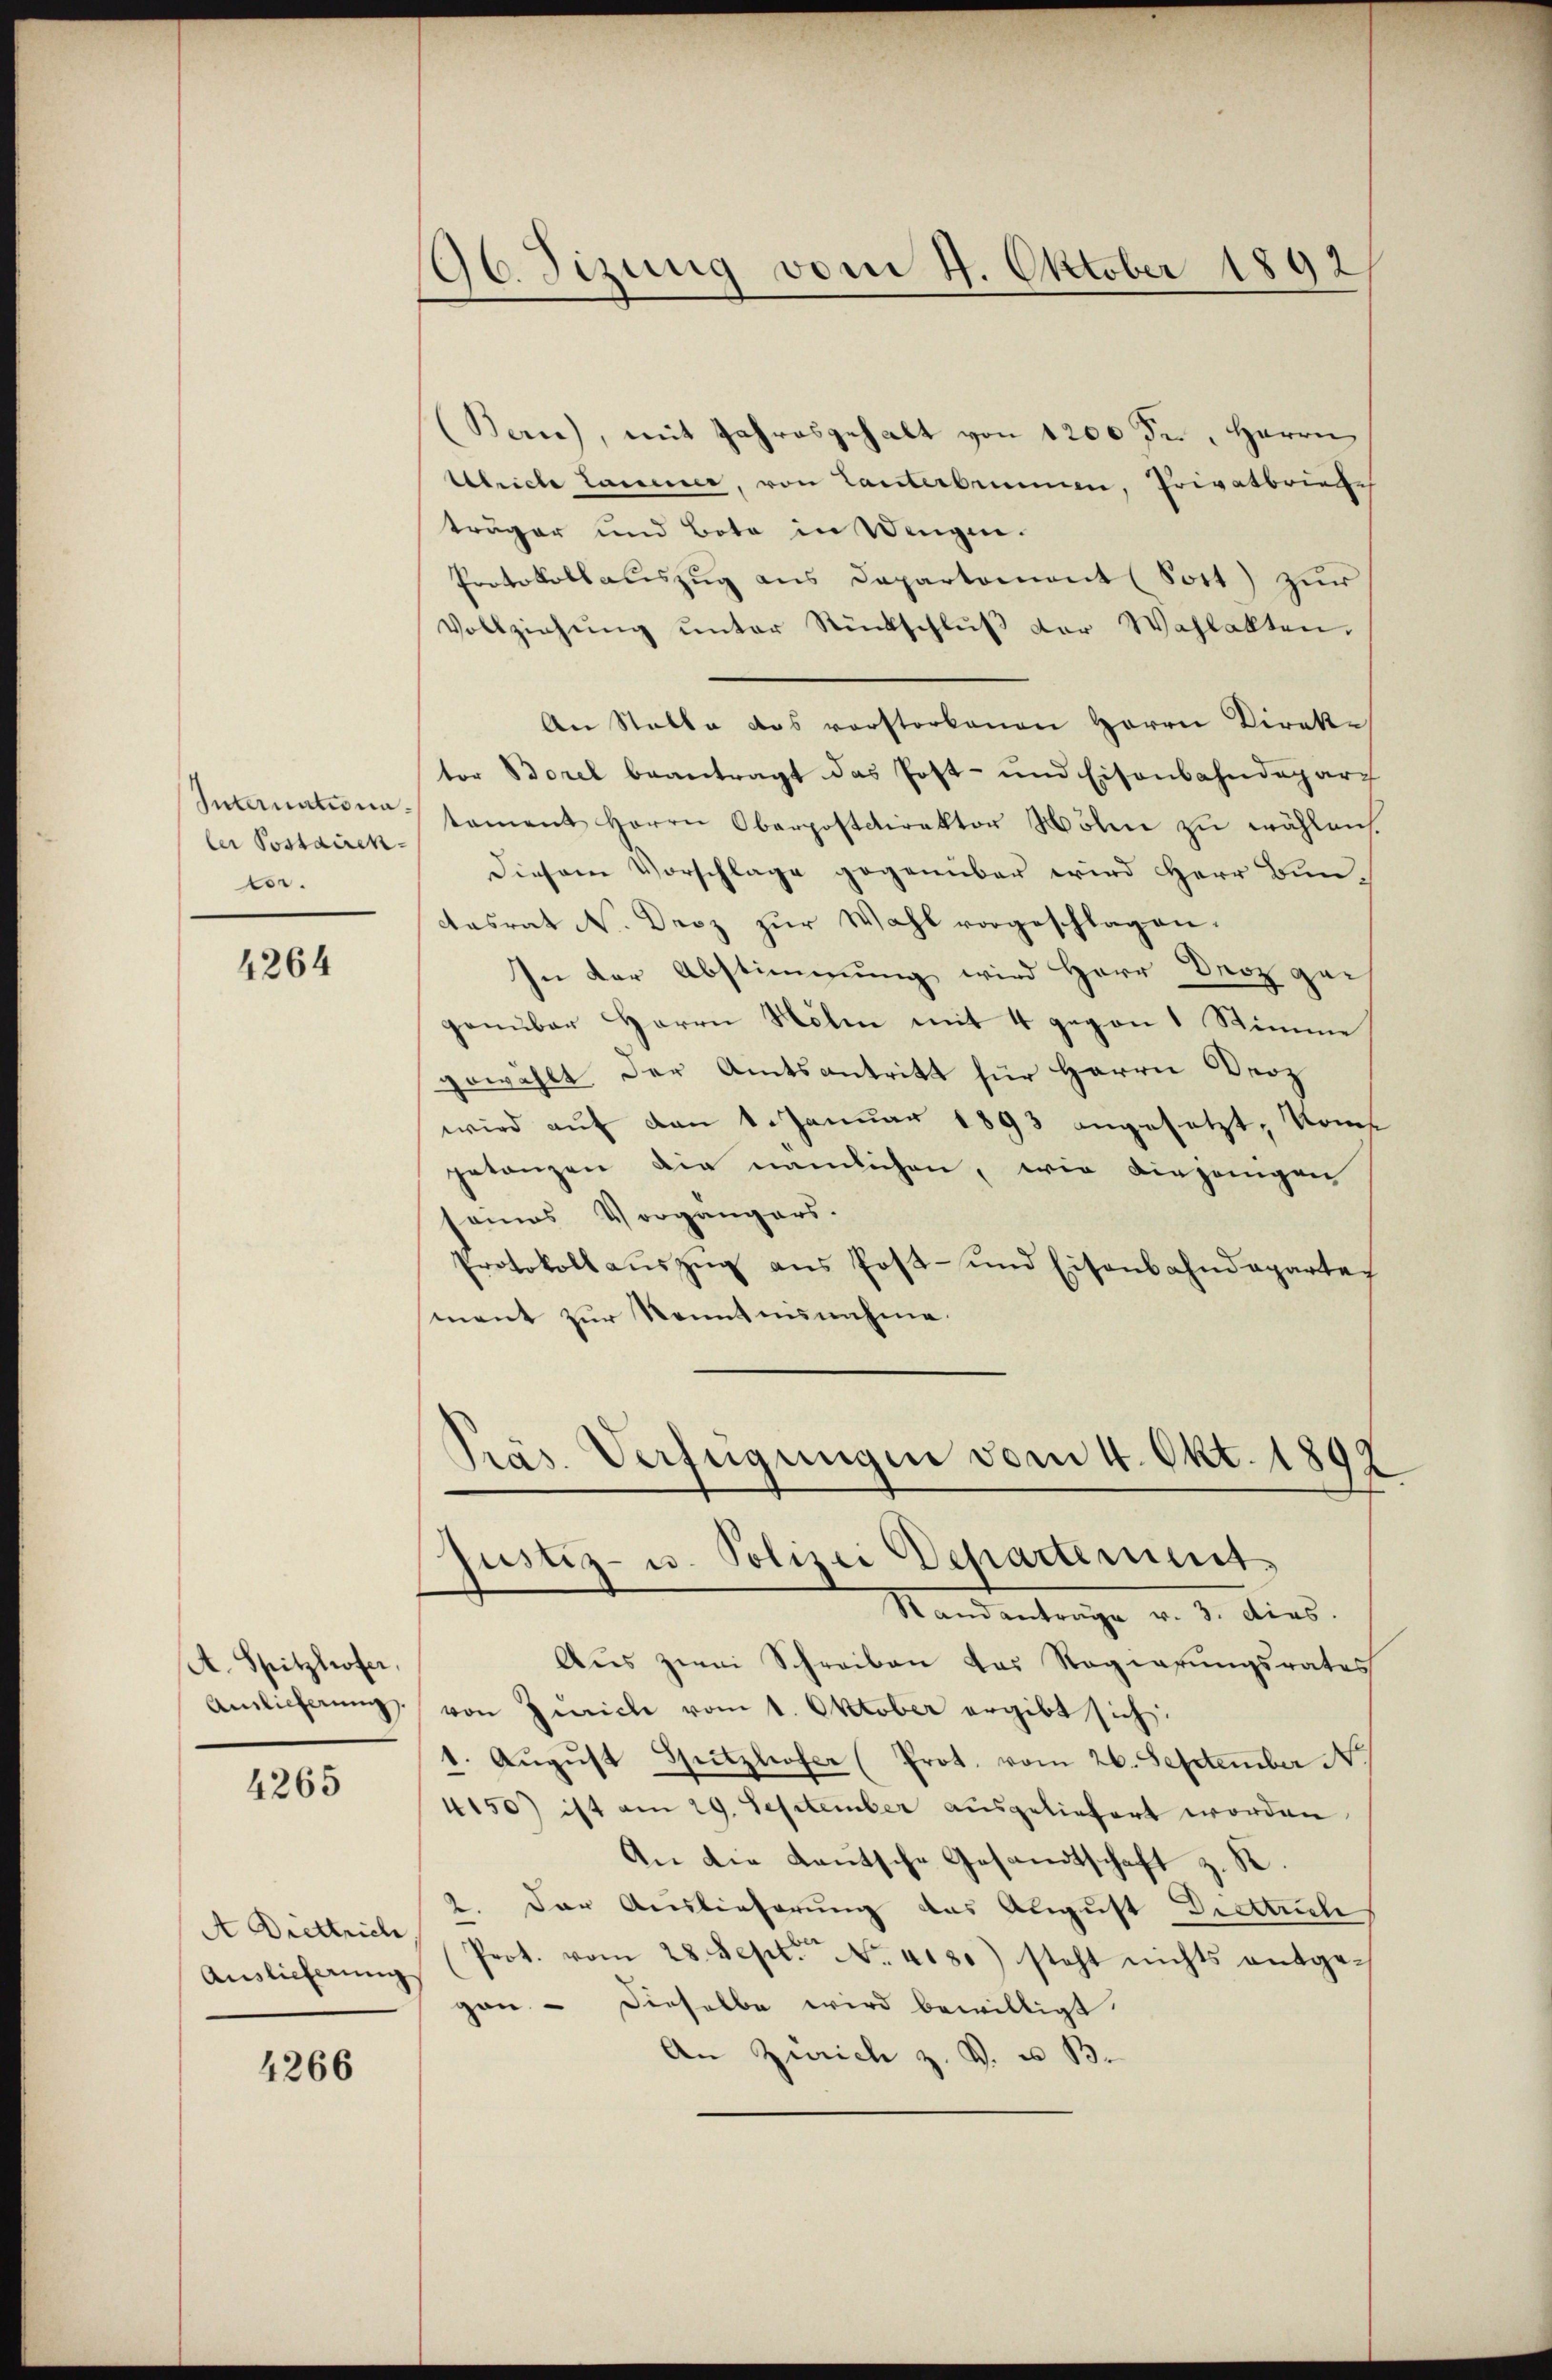
Internationaler Postdiren.
tr.

4264

A. Spitzlofer,
Anlicherung

4265

A Drettrich,
Auslicherung

4266

Ob Sizung vom 4. Oktober 1892

(Bern), mit Jahresgehalt von 1200 Fr., Herrn
Uebricte Lander, von Tanterbenen, Privatbrieche
träger und Bote in Wengen.
Protokollauszug aus Departement (Sott) zur
Vollziehŭng ŭnter Rückschlŭβ der Wahlakten.
An Stalle das vorstorbenen Herrn Direktor Borel beantragt das Post- und Eisenbahndeparch
tament Herrn Oberpostdirektor Mölen zŭ wählen
Diesem Vorschlage gegenüber wird Herr Buncasrat N. Droz zur Wahl vorgeschlagen.
In der Abstimmung wird Herr Droz gegenüber Herrn Höhe mit 4 gegen 1 Stimme
gewählt der Amtsantritt für Herrn Proz
wird auf den 1. Januar 1893 angesetzt, kom
getanzen die nämlichen, wie vergangen
seines Vorgängers.
Protokoll auszug aus Post- und Eisenbahndepartes
ment zur Kenntnisnahme.

Pras. Verfügungen vom 4. Okt. 1897
Justiz- u. Polizei Departement.

Randantrage v. 3. dies
Aus zwei Schreiben das Regierungsrates
von Zwiche vom 1. Oktober ergibt sich:
1. Aŭgŭst Spitzlofer (Prot. vom 26. September N. 1
4150) ist am 29. September ausgeliefert worden
An die Kautsche Gesandtschaft z. K.
2. Der Auslieferung das August Dietrich
Prot. vom 28. Sept. No. 4130) steht nichts entge-
gan - dieselbe wird bewilligt.
An Zürich z. v. u. B.